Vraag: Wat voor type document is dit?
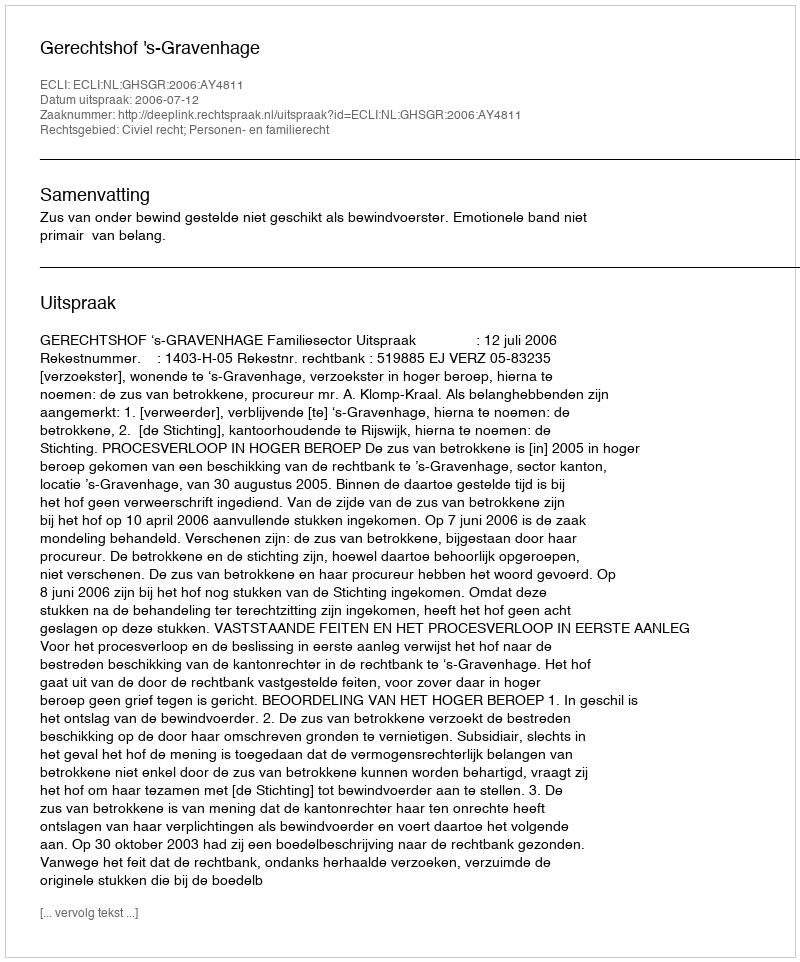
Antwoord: Uitspraak